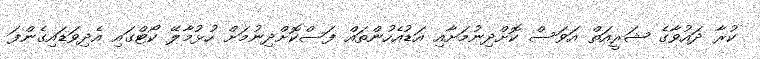
ކުރާ ދައުވާގެ ޝަރީއަތް އަވަސް ކޮށްދިނުމަށާއި އަޑުއެހުންތައް ފަސްކޮށްދިނުމަށް ހުޅުމާލޭ ކޯޓްގައި އެދިވަޑައިގެންފަ